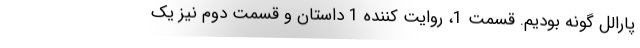
پارالل گونه بودیم. قسمت 1، روایت کننده 1 داستان و قسمت دوم نیز یک